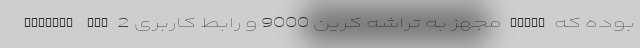
MatePad Pro 2 مجهز به تراشه کرین 9000 و رابط کاربری PadOS بوده که